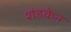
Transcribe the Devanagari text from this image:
शंडकेन